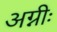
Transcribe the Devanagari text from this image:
अग्नीः